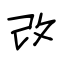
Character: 改